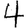
Digit: 4